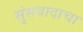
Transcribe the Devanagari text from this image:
सुंसवादाचा